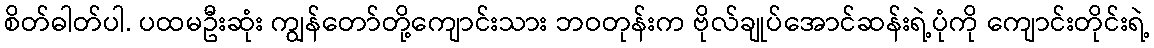
စိတ်ဓါတ်ပါ. ပထမဦးဆုံး ကျွန်တော်တို့ကျောင်းသား ဘဝတုန်းက ဗိုလ်ချုပ်အောင်ဆန်းရဲ့ပုံကို ကျောင်းတိုင်းရဲ့